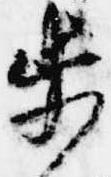
歩